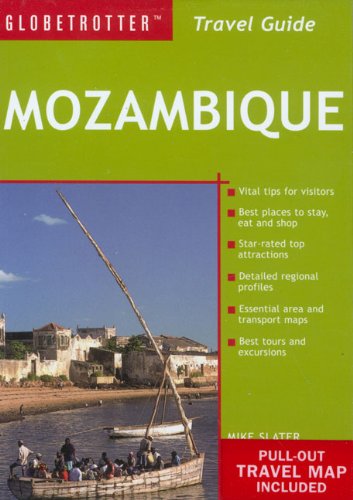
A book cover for Mozambique Travel Pack (Globetrotter Travel Packs); Globetrotter; Travel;